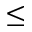
\leq